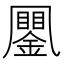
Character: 䥚